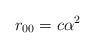
LaTeX: \begin{align*}r_{00}=c\alpha^2\end{align*}